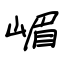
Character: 嵋